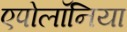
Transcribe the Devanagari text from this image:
एपोलॉनिया